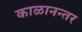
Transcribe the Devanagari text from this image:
काळानन्तर